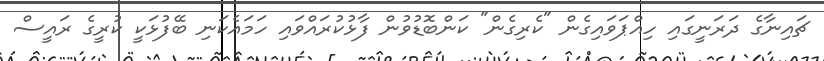
ޗައިނާގެ ދަރަނީގައި ހިއްޕަވައިގެން "ކެރިގެން" ކަންބޮޑުވުން ފާޅުކުރައްވައި ހަމައެކަނި ބޭފުޅަކީ ކުރީގެ ރައީސް